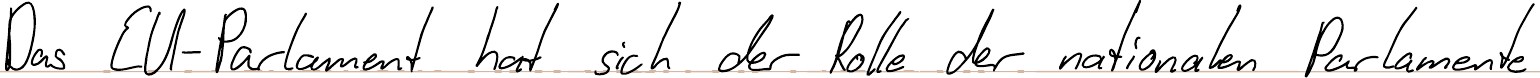
Das EU-Parlament hat sich der Rolle der nationalen Parlamente